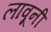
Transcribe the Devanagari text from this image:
लावूनी